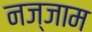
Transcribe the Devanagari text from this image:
नज्जाम